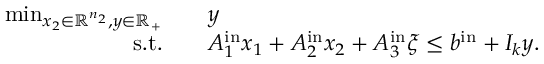
\begin{array} { r l } { \operatorname* { m i n } _ { x _ { 2 } \in { \mathbb R } ^ { n _ { 2 } } , y \in { \mathbb R } _ { + } } \quad } & { y } \\ { \mathrm { s . t . } \quad } & { A _ { 1 } ^ { \mathrm { i n } } x _ { 1 } + A _ { 2 } ^ { \mathrm { i n } } x _ { 2 } + A _ { 3 } ^ { \mathrm { i n } } { \xi } \leq b ^ { \mathrm { i n } } + I _ { k } y . } \end{array}